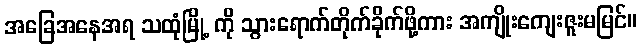
အခြေအနေအရ သထုံမြို့ ကို သွားရောက်တိုက်ခိုက်ဖို့ကား အကျိုးကျေးဇူးမမြင်။